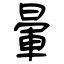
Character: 暈